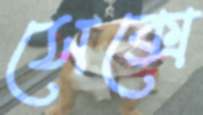
সেক্সে